Specificity of antivenomous sera (second communication) - Number 10
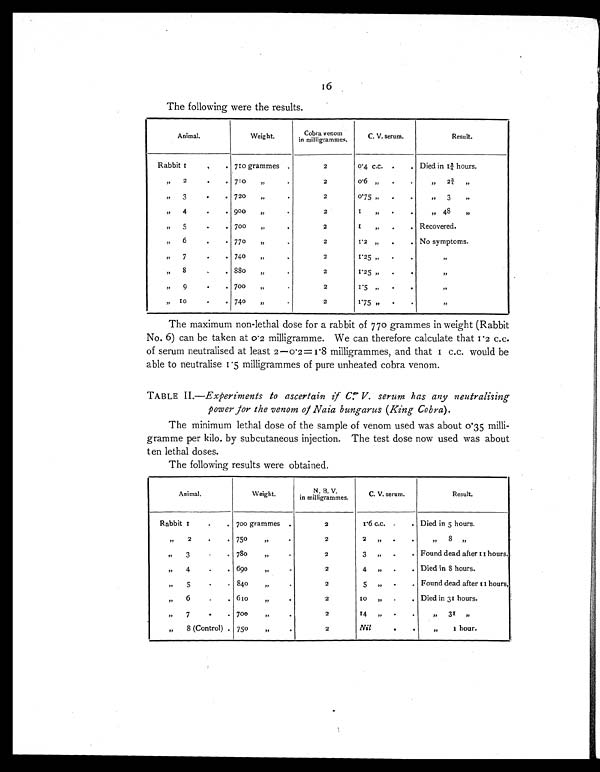
16
The following were the results.
Animal.
Weight.
Cobra venom
in milligrammes.
C. V. serum.
Result.
Rabbit 1
.
. 710 grammes .
2
0.4 c.c.
.
. Died in 1¾ hours.
"
2
.
. 710
„
.
2
0.6 „
.
.
"
2¾
„
"
3
.
. 720
„
"
2
0.75 ,,
.
.
"
3
"
"
4
.
. 900
„
.
2
1
"
.
.
" 48
"
"
5
.
. 700
"
.
2
1
"
.
.
Recovered.
"
6
.
. 770
,,
.
2
1.2 "
.
. No symptoms.
"
7
.
. 740
"
.
2
1.25 ,,
.
.
"
" 8
.
. 880
„
.
2
1.25 „
.
.
"
"
9
.
. 700
„
.
2
1.5 "
.
.
"
"
10
.
. 740
,,
.
2
1.75 "
.
.
"
The maximum non-lethal dose for a rabbit of 770 grammes in weight (Rabbit
No. 6) can be taken at 0.2 milligramme. We can therefore calculate that 1.2 c.c.
of serum neutralised at least 2 –0.2= 1.8 milligrammes, and that 1 c.c. would be
able to neutralise 1.5 milligrammes of pure unheated cobra venom.
TABLE II.—Experiments to ascertain if C. V. serum has any neutralising
power for the venom of Naia bungarus (King Cobra).
The minimum lethal dose of the sample of venom used was about 0.35 milli-
gramme per kilo by subcutaneous injection. The test dose now used was about
ten lethal doses.
The following results were obtained.
Animal.
Weight.
N. B . V .
in milligrammes.
C. V. serum.
Result.
Rabbit 1
.
. 700 grammes
.
2
1.6 c.c. .
. Died in 5 hours.
„
2
.
. 750
"
.
2
2
"
.
.
"
8
"
"
3
. . 780
"
.
2
3
"
.
.
Found dead after 11 hours.
"
4
.
. 690
"
.
2
4
"
.
. Died in 8 hours.
"
5
.
. 840
"
.
2
5 "
.
.
Found dead after 11 hours,
"
6
. . 610
"
.
2
1 0
"
.
. Died in 31 hours.
"
7
.
. 700
"
.
2
14
"
.
.
"
31
"
„
8 (Control) . 750
"
.
2
Nil
.
.
„
1 h o u r .